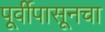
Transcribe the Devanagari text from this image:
पूर्वीपासूनचा